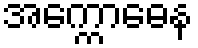
အက္ကောဓေန